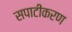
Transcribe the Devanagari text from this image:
सपाटीकरण